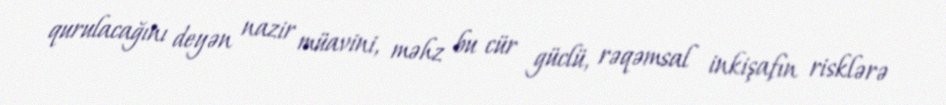
qurulacağını deyən nazir müavini, məhz bu cür güclü, rəqəmsal inkişafın risklərə